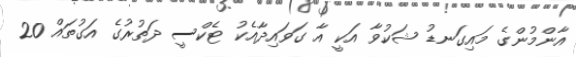
އާންމުންގެ މައިގަނޑު ޝަކުވާ އަކީ އާ ގަވައިދާއެކު ޓެކްސީ ދަތުރުގެ އަގުތައް 20